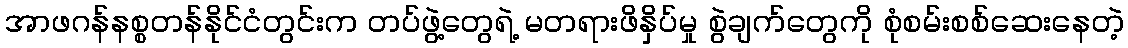
အာဖဂန်နစ္စတန်နိုင်ငံတွင်းက တပ်ဖွဲ့တွေရဲ့ မတရားဖိနှိပ်မှု စွဲချက်တွေကို စုံစမ်းစစ်ဆေးနေတဲ့